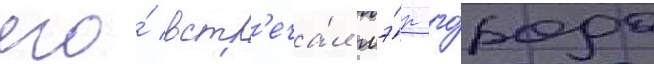
его́ встр'еча́л мэ́р го́рода